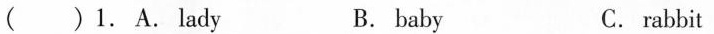
( )1.A.Lady B. baby C. rabbit